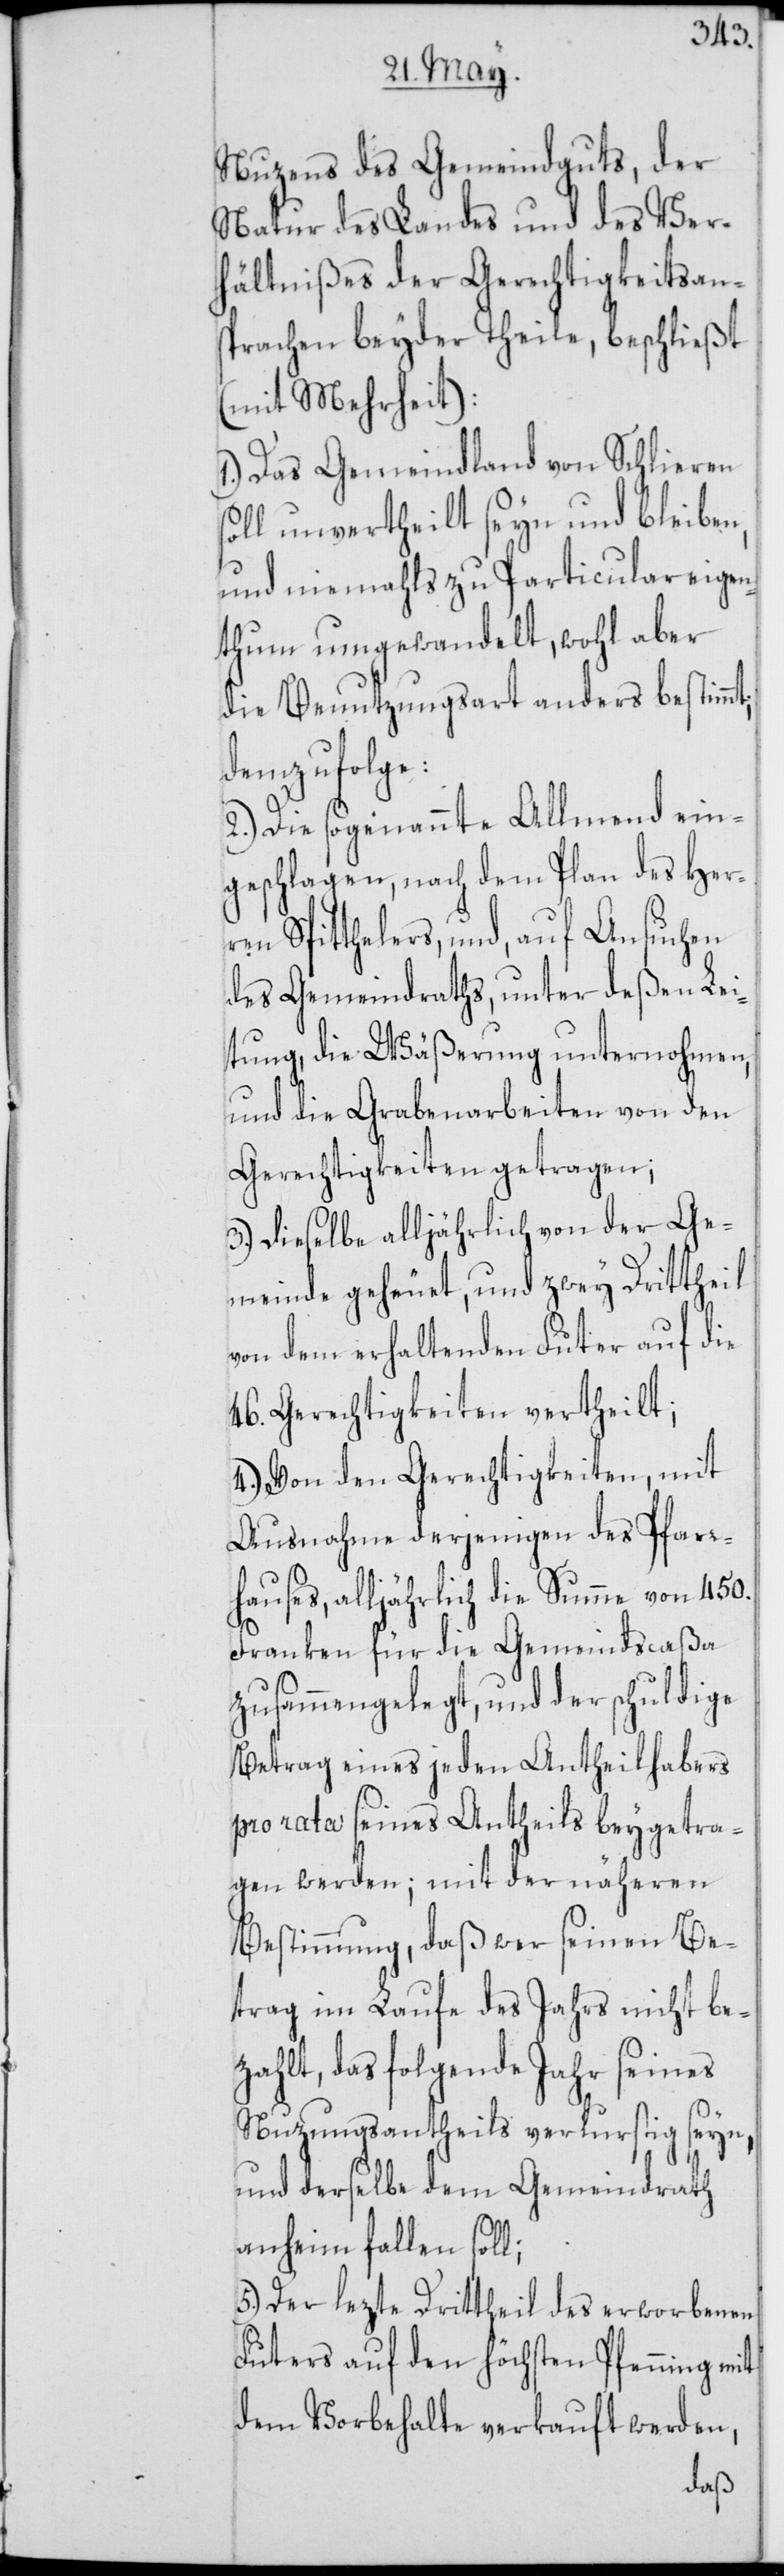
Nuzens des Gemeindguts, der
Natur des Landes und des Ver¬
hältnißes der Gerechtigkeitsans¬
prachen beyder Theile, beschließt
(mit Mehrheit):
1.) Das Gemeindland von Schlieren
soll unvertheilt seyn und bleiben,
und niemahls zu Particulareigen¬
thum umgewandelt, wohl aber
die Benutzungsart anders bestimmt;
demzufolge:
2.) Die sogenannte Allmend ein¬
geschlagen, nach dem Plan des Her¬
ren Spitthelers, und, auf Ansuchen
des Gemeindraths, unter deßen Lei¬
tung, die Wäßerung unternohmen,
und die Grabenarbeiten von den
Gerechtigkeiten getragen;
3.) Dieselbe alljährlich von der Ge¬
meinde geheuet, und zwey Drittheil
von dem erhaltenden Futer auf die
46. Gerechtigkeiten vertheilt;
4.) Von den Gerechtigkeiten, mit
Ausnahme derjenigen des Pfarr¬
hauses, alljährlich die Summe von 450.
Franken für die Gemeindscaßa
zusammengelegt, und der schuldige
Betrag eines jeden Antheilhabers
pro rata seines Antheils beygetra¬
gen werden; mit der näheren
Bestimmung, daß wer seinen Be¬
trag im Laufe des Jahrs nicht be¬
zahlt, das folgende Jahr seines
Nuzungsantheils verlustig seyn,
und derselbe dem Gemeindrath
anheim fallen soll;
5.) Der lezte Drittheil des erworbenen
Futers auf den höchsten Pfenning mit
dem Vorbehalte verkauft werden,